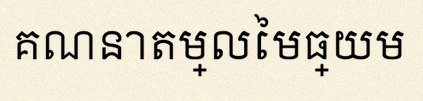
គណនាតម្លៃមធ្យម